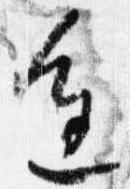
進